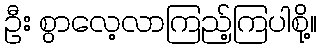
ဦး စွာလေ့လာကြည့်ကြပါစို့။